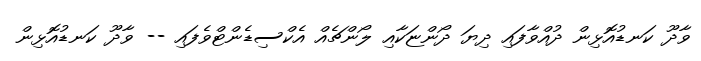
ވާދޫ ކަނޑުއޮޅިން ދުއްވާފައި ދިޔަ ދޯންޏަކާއި ލޯންޗެއް އެކްސިޑެންޓްވެފައި -- ވާދޫ ކަނޑުއޮޅިން